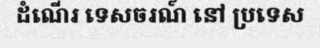
ដំណើរ ទេសចរណ៍ នៅ ប្រទេស